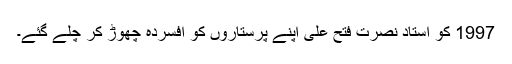
1997 کو استاد نصرت فتح علی اپنے پرستاروں کو افسردہ چھوڑ کر چلے گئے۔